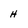
Character: h